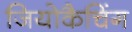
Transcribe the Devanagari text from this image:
जियोकैचिंग